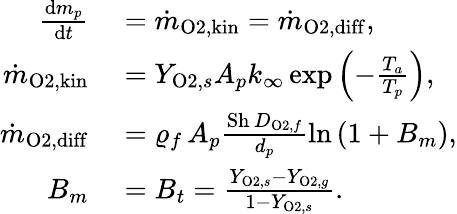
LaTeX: \begin{array}{rl}{\frac{\mathrm{d}m_{p}}{\mathrm{d}t}}&{{}=\dot{m}_{\mathrm{O2,kin}}=\dot{m}_{\mathrm{O2,diff}},}\\ {\dot{m}_{\mathrm{O2,kin}}}&{{}=Y_{\mathrm{O2},s}A_{p}k_{\infty}\, \mathrm{exp}\left(-\frac{T_{a}}{T_{p}}\right),}\\ {\dot{m}_{\mathrm{O2,diff}}}&{{}=\varrho_{f}\, A_{p}\frac{\mathrm{Sh}\, D_{\mathrm{O2},f}}{d_{p}}\mathrm{ln}\left(1+B_{m}\right),}\\ {B_{m}}&{{}=B_{t}=\frac{Y_{\mathrm{O2},s}-Y_{\mathrm{O2},g}}{1-Y_{\mathrm{O2},s}}.}\end{array}